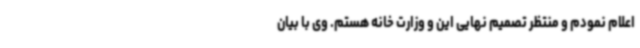
اعلام نمودم و منتظر تصمیم نهایی این و وزارت خانه هستم. وی با بیان